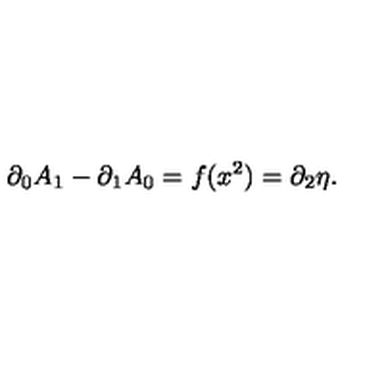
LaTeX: \partial _ { 0 } A _ { 1 } - \partial _ { 1 } A _ { 0 } = f ( x ^ { 2 } ) = \partial _ { 2 } \eta .